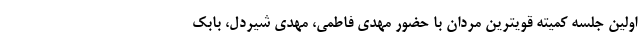
اولین جلسه کمیته قویترین مردان با حضور مهدی فاطمی، مهدی شیردل، بابک